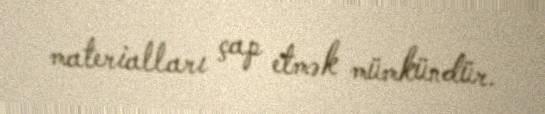
materialları çap etmək mümkündür.